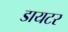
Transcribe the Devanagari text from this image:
डायटर